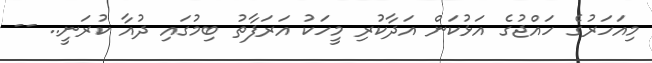
މިއަހަރުގެ ހައްޖުގެ އަޅުކަން އަދާކުރި މީހަކު އަރަފާތު ބިމުގައި ދުއާ ކުރަނީ.. --